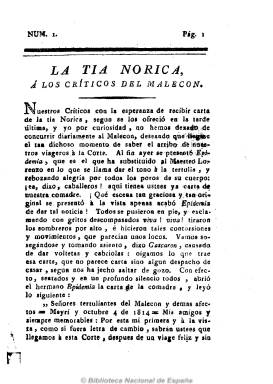
Título: La Tía Norica
Otros títulos: La Tía Norica a los críticos del Malecón || La Tía Norica a los críticos del malecón
Colección: Periódicos anteriores a 1850
Ámbito geográfico: Sevilla
Lugar de publicación: Sevilla
Fechas: 01/01/1814-31/12/1815

Periódico absolutista, redactado por el abogado José María del Río, uno de los periodistas más entusiastas del antirreformismo, quien tras el regreso de Fernando VII será recompensado con un empleo en la Secretaría del Despacho de Hacienda, por lo que se traslada a Madrid, emitiendo los originales a Sevilla, en donde los imprime Padrino, “con licencia del Excelentísimo Señor Capitán General”. Es continuador del bisemanario sevillano El Tío Tremenda, que Del Río venía publicando desde 1812, considerado uno de los primeros periódicos satíricos del periodismo español.

En este caso, el periódico, de cuatro páginas por número y foliación continuada, y también de carácter sarcástico y eminentemente político, consta de una carta a modo de arenga firmada por Leonor Ponze o La Ponze, seguida a veces de un diálogo entre Epidemia, Castaña y Cilindro, en donde se ataca a liberales, la soberanía nacional, la libertad o la Constitución de 1812, a la vez que se hace un panegírico del absolutismo fernandino. Subtitulado “A los críticos del Malecón”, en referencia a este barrio hispalense -en donde hubo una popular tertulia, y que da también título a otro periódico satírico El Tío Tremenda o Los Críticos del Malecón (1812-1814)-, utilizó el lenguaje popular en sus diálogos.

Debió tener una periodicidad semanal, y aunque Gómez Ímaz señala que comenzó a publicarse en agosto de 1814, probablemente lo hizo en octubre (ya que la primera carta de Leonor Ponze así lo señala), y debió desaparecer por mayo e 1815. La colección consta de 38 números y 156 páginas. Del Río recuperará durante el Trienio Liberal (1820-1823) su afición periodística absolutista, pasándose finalmente a las filas carlistas.

Entre otra bibliografía de referencia para este título y la prensa satírica decimonónica, véase el artículo de la profesora de la Universidad de Sevilla Ana Mancera, publicado en el Boletín de la Real Academia Española (2012).